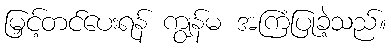
မြှင့်တင်ပေးရန် ကျွန်မ အကြံပြုခဲ့သည်။